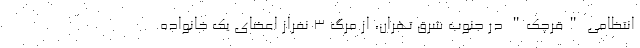
انتظامی "قرچک" در جنوب شرق تهران، از مرگ ۳ نفراز اعضای یک خانواده